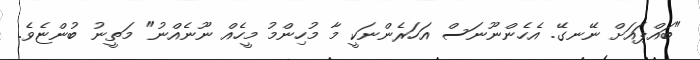
"ބައްޕައަށް ނޭނގޭ. އެހެންނޫނަސް އަހަރެންނަކީ މާ މުހިންމު މީހެއް ނޫނެއްނު" މަތީނު ބުންޏެވެ.